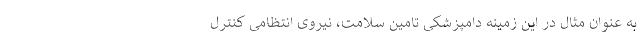
به عنوان مثال در این زمینه دامپزشکی تامین سلامت، نیروی انتظامی کنترل